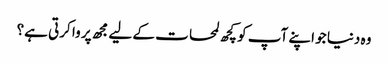
وہ دنیا جو اپنے آپ کو کچھ لمحات کے لیے مجھ پر وا کرتی ہے؟